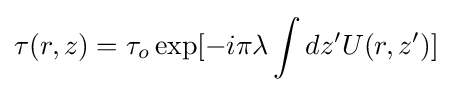
\tau (r,z)=\tau _{o}\exp[-i\pi \lambda \int dz'U(r,z')]